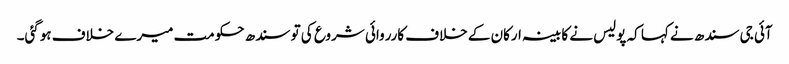
آئی جی سندھ نے کہا کہ پولیس نے کابینہ ارکان کے خلاف کارروائی شروع کی تو سندھ حکومت میرے خلاف ہوگئی۔